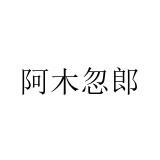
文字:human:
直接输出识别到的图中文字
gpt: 阿木忽郎